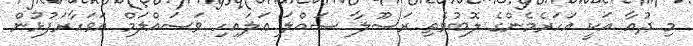
މި ދުޢާ އަކީ އަހަރެމެންގެ ލޮބުވެތި ރަސޫލާ ޞައްލަ ޢަލައިހި ވަސައްލަމް އަވަހާރަފުޅުން